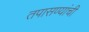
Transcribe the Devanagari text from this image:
तपासण्यांची